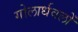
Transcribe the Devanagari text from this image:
गोलार्धवलों